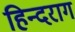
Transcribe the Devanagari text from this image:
हिन्दराग